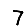
Digit: 7